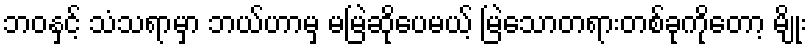
ဘဝနှင့် သံသရာမှာ ဘယ်ဟာမှ မမြဲဆိုပေမယ့် မြဲသောတရားတစ်ခုကိုတော့ မျိုး